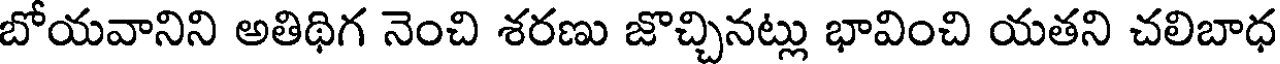
బోయవానిని అతిథిగ నెంచి శరణు జొచ్చినట్లు భావించి యతని చలిబాధ